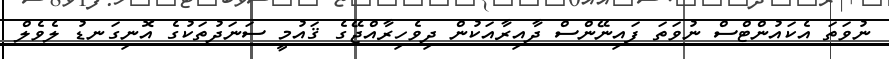
ނުވަތަ އެކައުންޓްސް ނުވަތަ ފައިނޭންސް ދާއިރާއަކުން ދިވެހިރާއްޖޭގެ ޤައުމީ ސަނަދުތަކުގެ އޮނިގަނޑު ލެވެލް